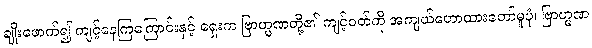
ချိုးဖောက်၍ ကျင့်နေကြကြောင်းနှင့် ရှေးက ဗြာဟ္မဏတို့၏ ကျင့်ဝတ်ကို အကျယ်ဟောထားတော်မူပုံ၊ ဗြာဟ္မဏ